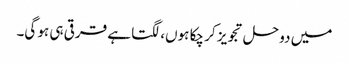
میں دو حل تجویز کر چکا ہوں، لگتا ہے قرقی ہی ہو گی۔